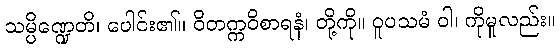
သမ္ပိဏ္ဍေတိ၊ ပေါင်း၏။ ဝိတက္ကဝိစာရနံ၊ တို့ကို။ ဝူပသမံ ဝါ၊ ကိုမူလည်း။